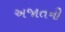
અજાતની